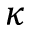
\kappa